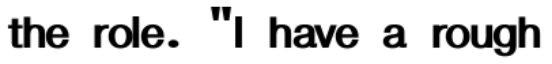
the role. "I have a rough